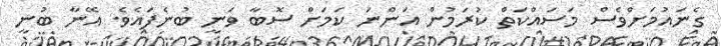
ގެނައުމަށްވެސް މަސައްކަތް ކުރަމުން އަންނަ ކަމަށް ސޮބާ ވަނީ ބުނެފައެވެ. އޭނާ ބުނީ